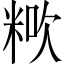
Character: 𥺏